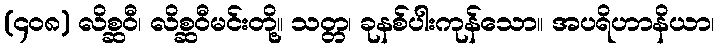
(၄၀၈) လိစ္ဆဝီ၊ လိစ္ဆဝီမင်းတို့။ သတ္တ၊ ခုနစ်ပါးကုန်သော။ အပရိဟာနိယာ၊